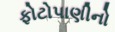
ફોટોપાણીનો